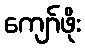
ကျော်ဖိုး